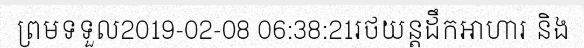
ព្រមទទួល2019-02-08 06:38:21រថយន្តដឹកអាហារ និង